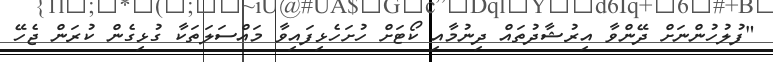
"ފުލުހުންނަށް ދޭންވާ އިރުޝާދުތައް ދިނުމާއި ކޯޓަށް ހުށަހެޅިފައިވާ މައްސަލަތަކާ ގުޅިގެން ކުރަން ޖެހޭ